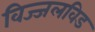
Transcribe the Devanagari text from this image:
विज्जलविड